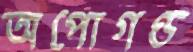
অপোগণ্ড